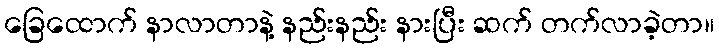
ခြေထောက် နာလာတာနဲ့ နည်းနည်း နားပြီး ဆက် တက်လာခဲ့တာ။